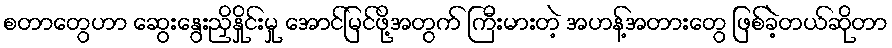
စတာတွေဟာ ဆွေးနွေးညှိနှိုင်းမှု အောင်မြင်ဖို့အတွက် ကြီးမားတဲ့ အဟန့်အတားတွေ ဖြစ်ခဲ့တယ်ဆိုတာ